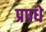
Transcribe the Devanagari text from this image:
प्रपधे